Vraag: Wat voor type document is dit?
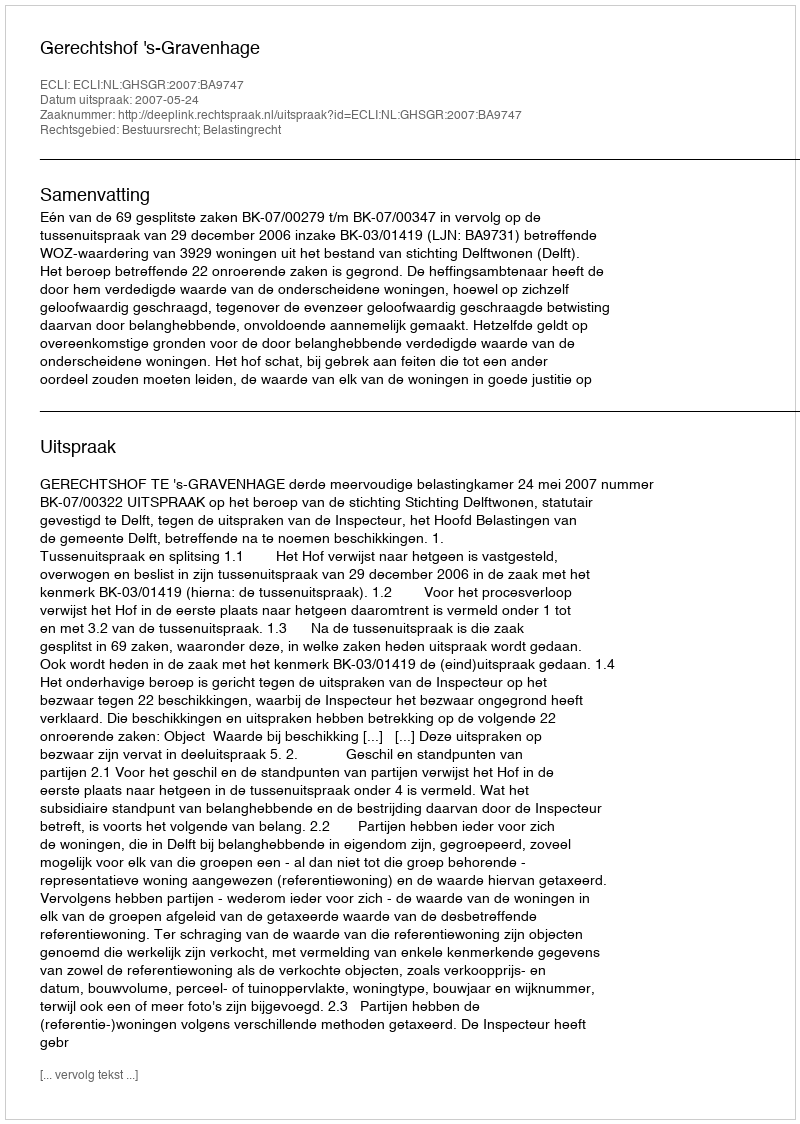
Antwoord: Uitspraak